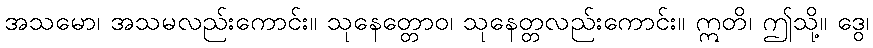
အသမော၊ အသမလည်းကောင်း။ သုနေတ္တောဝ၊ သုနေတ္တလည်းကောင်း။ ဣတိ၊ ဤသို့။ ဒွေ၊